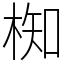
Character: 椥